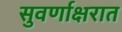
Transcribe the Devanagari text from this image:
सुवर्णाक्षरात